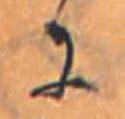
に